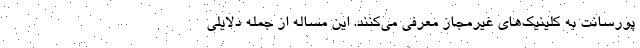
پورسانت به کلینیک‌های غیرمجاز معرفی می‌کنند. این مساله از جمله دلایلی